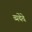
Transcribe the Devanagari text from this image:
व्यथेंचे